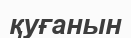
қуғанын